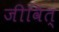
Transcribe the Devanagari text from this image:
जीवित्